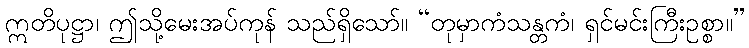
ဣတိပုဋ္ဌာ၊ ဤသို့မေးအပ်ကုန် သည်ရှိသော်။ “တုမှာကံသန္တကံ၊ ရှင်မင်းကြီးဥစ္စာ။”